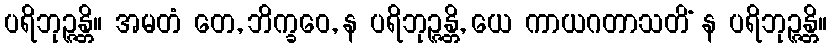
ပရိဘုဉ္ဇန္တိ။ အမတံ တေ, ဘိက္ခဝေ, န ပရိဘုဉ္ဇန္တိ, ယေ ကာယဂတာသတိံ န ပရိဘုဉ္ဇန္တိ။